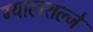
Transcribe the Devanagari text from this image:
ग्यालशल्जे